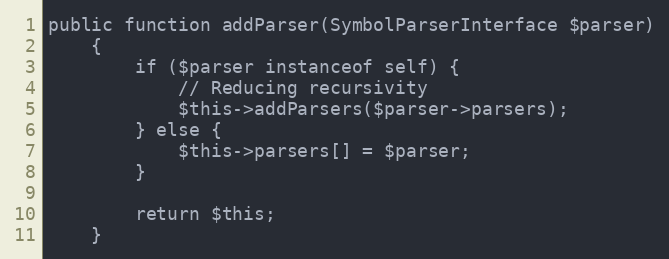
Language: PHP
public function addParser(SymbolParserInterface $parser)
    {
        if ($parser instanceof self) {
            // Reducing recursivity
            $this->addParsers($parser->parsers);
        } else {
            $this->parsers[] = $parser;
        }

        return $this;
    }